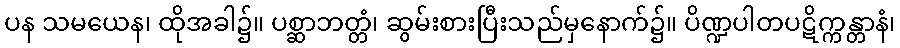
ပန သမယေန၊ ထိုအခါ၌။ ပစ္ဆာဘတ္တံ၊ ဆွမ်းစားပြီးသည်မှနောက်၌။ ပိဏ္ဍပါတပဋိက္ကန္တာနံ၊